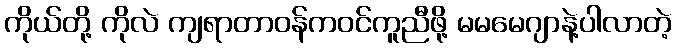
ကိုယ်တို့ ကိုလဲ ကျရာတာဝန်ကဝင်ကူညီဖို့ မမမေဂျာနဲ့ပါလာတဲ့